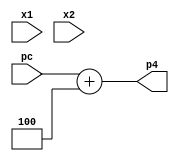
module cla32 (pc,x1,x2,p4); //sc_computer
   input [31:0] pc;
   input [31:0] x1;
   input [31:0] x2;
   output [31:0] p4;
   
   assign p4 = pc + 32'b100;   
   //assign adr = p4 + offset;
   
endmodule 

//cla32 pcplus4 (pc,32h4, 1b0,p4);
//cla32 br_adr (p4,offset,1b0,adr);